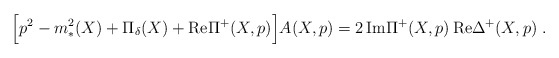
\begin{align*}\Bigr[ p^2 - m_*^2(X) + \Pi_{\delta}(X) + {\rm Re} \Pi^+(X,p) \Bigl] A(X,p) = 2 \, {\rm Im}\Pi^+(X,p) \, {\rm Re} \Delta^+(X,p) \;.\end{align*}